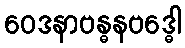
ဝေဒနာဗန္ဓနဗဒ္ဓေါ